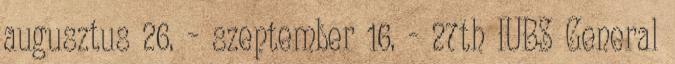
augusztus 26. – szeptember 16. - 27th IUBS General